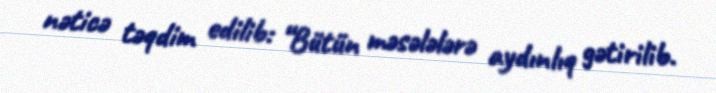
nəticə təqdim edilib: “Bütün məsələlərə aydınlıq gətirilib.